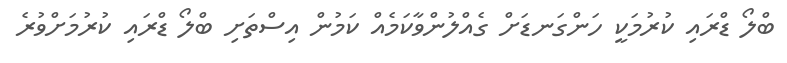
ބްލޯ ޑްރައި ކުރުމަކީ ހަންގަނޑަށް ގެެއްލުންވާކަމެއް ކަމުން އިސްތަށިި ބްލޯ ޑްރައި ކުރުމަށްވުރެ